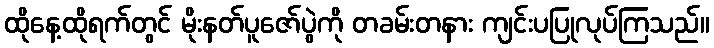
ထိုနေ့ထိုရက်တွင် မိုးနတ်ပူဇော်ပွဲကို တခမ်းတနား ကျင်းပပြုလုပ်ကြသည်။